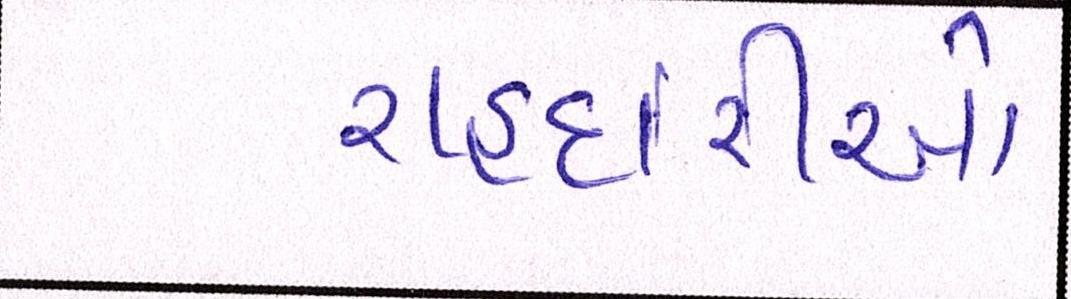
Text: રાહદારીઓ